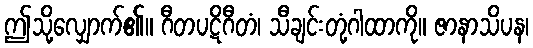
ဤသို့လျှောက်၏။ ဂီတပဋိဂီတံ၊ သီချင်းတုံ့ဂါထာကို။ ဇာနာသိပန၊